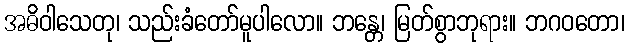
အဓိဝါသေတု၊ သည်းခံတော်မူပါလော။ ဘန္တေ၊ မြတ်စွာဘုရား။ ဘဂဝတော၊